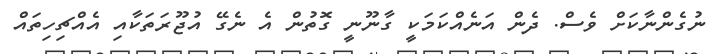
ނުގެންނާކަށް ވެސް. ދެން އަނެއްކަމަކީ ގާނޫނީ ގޮތުން އެ ނެގޭ އުޖޫރަތަކާއި އެއްޗިހިތައް